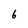
Character: 6